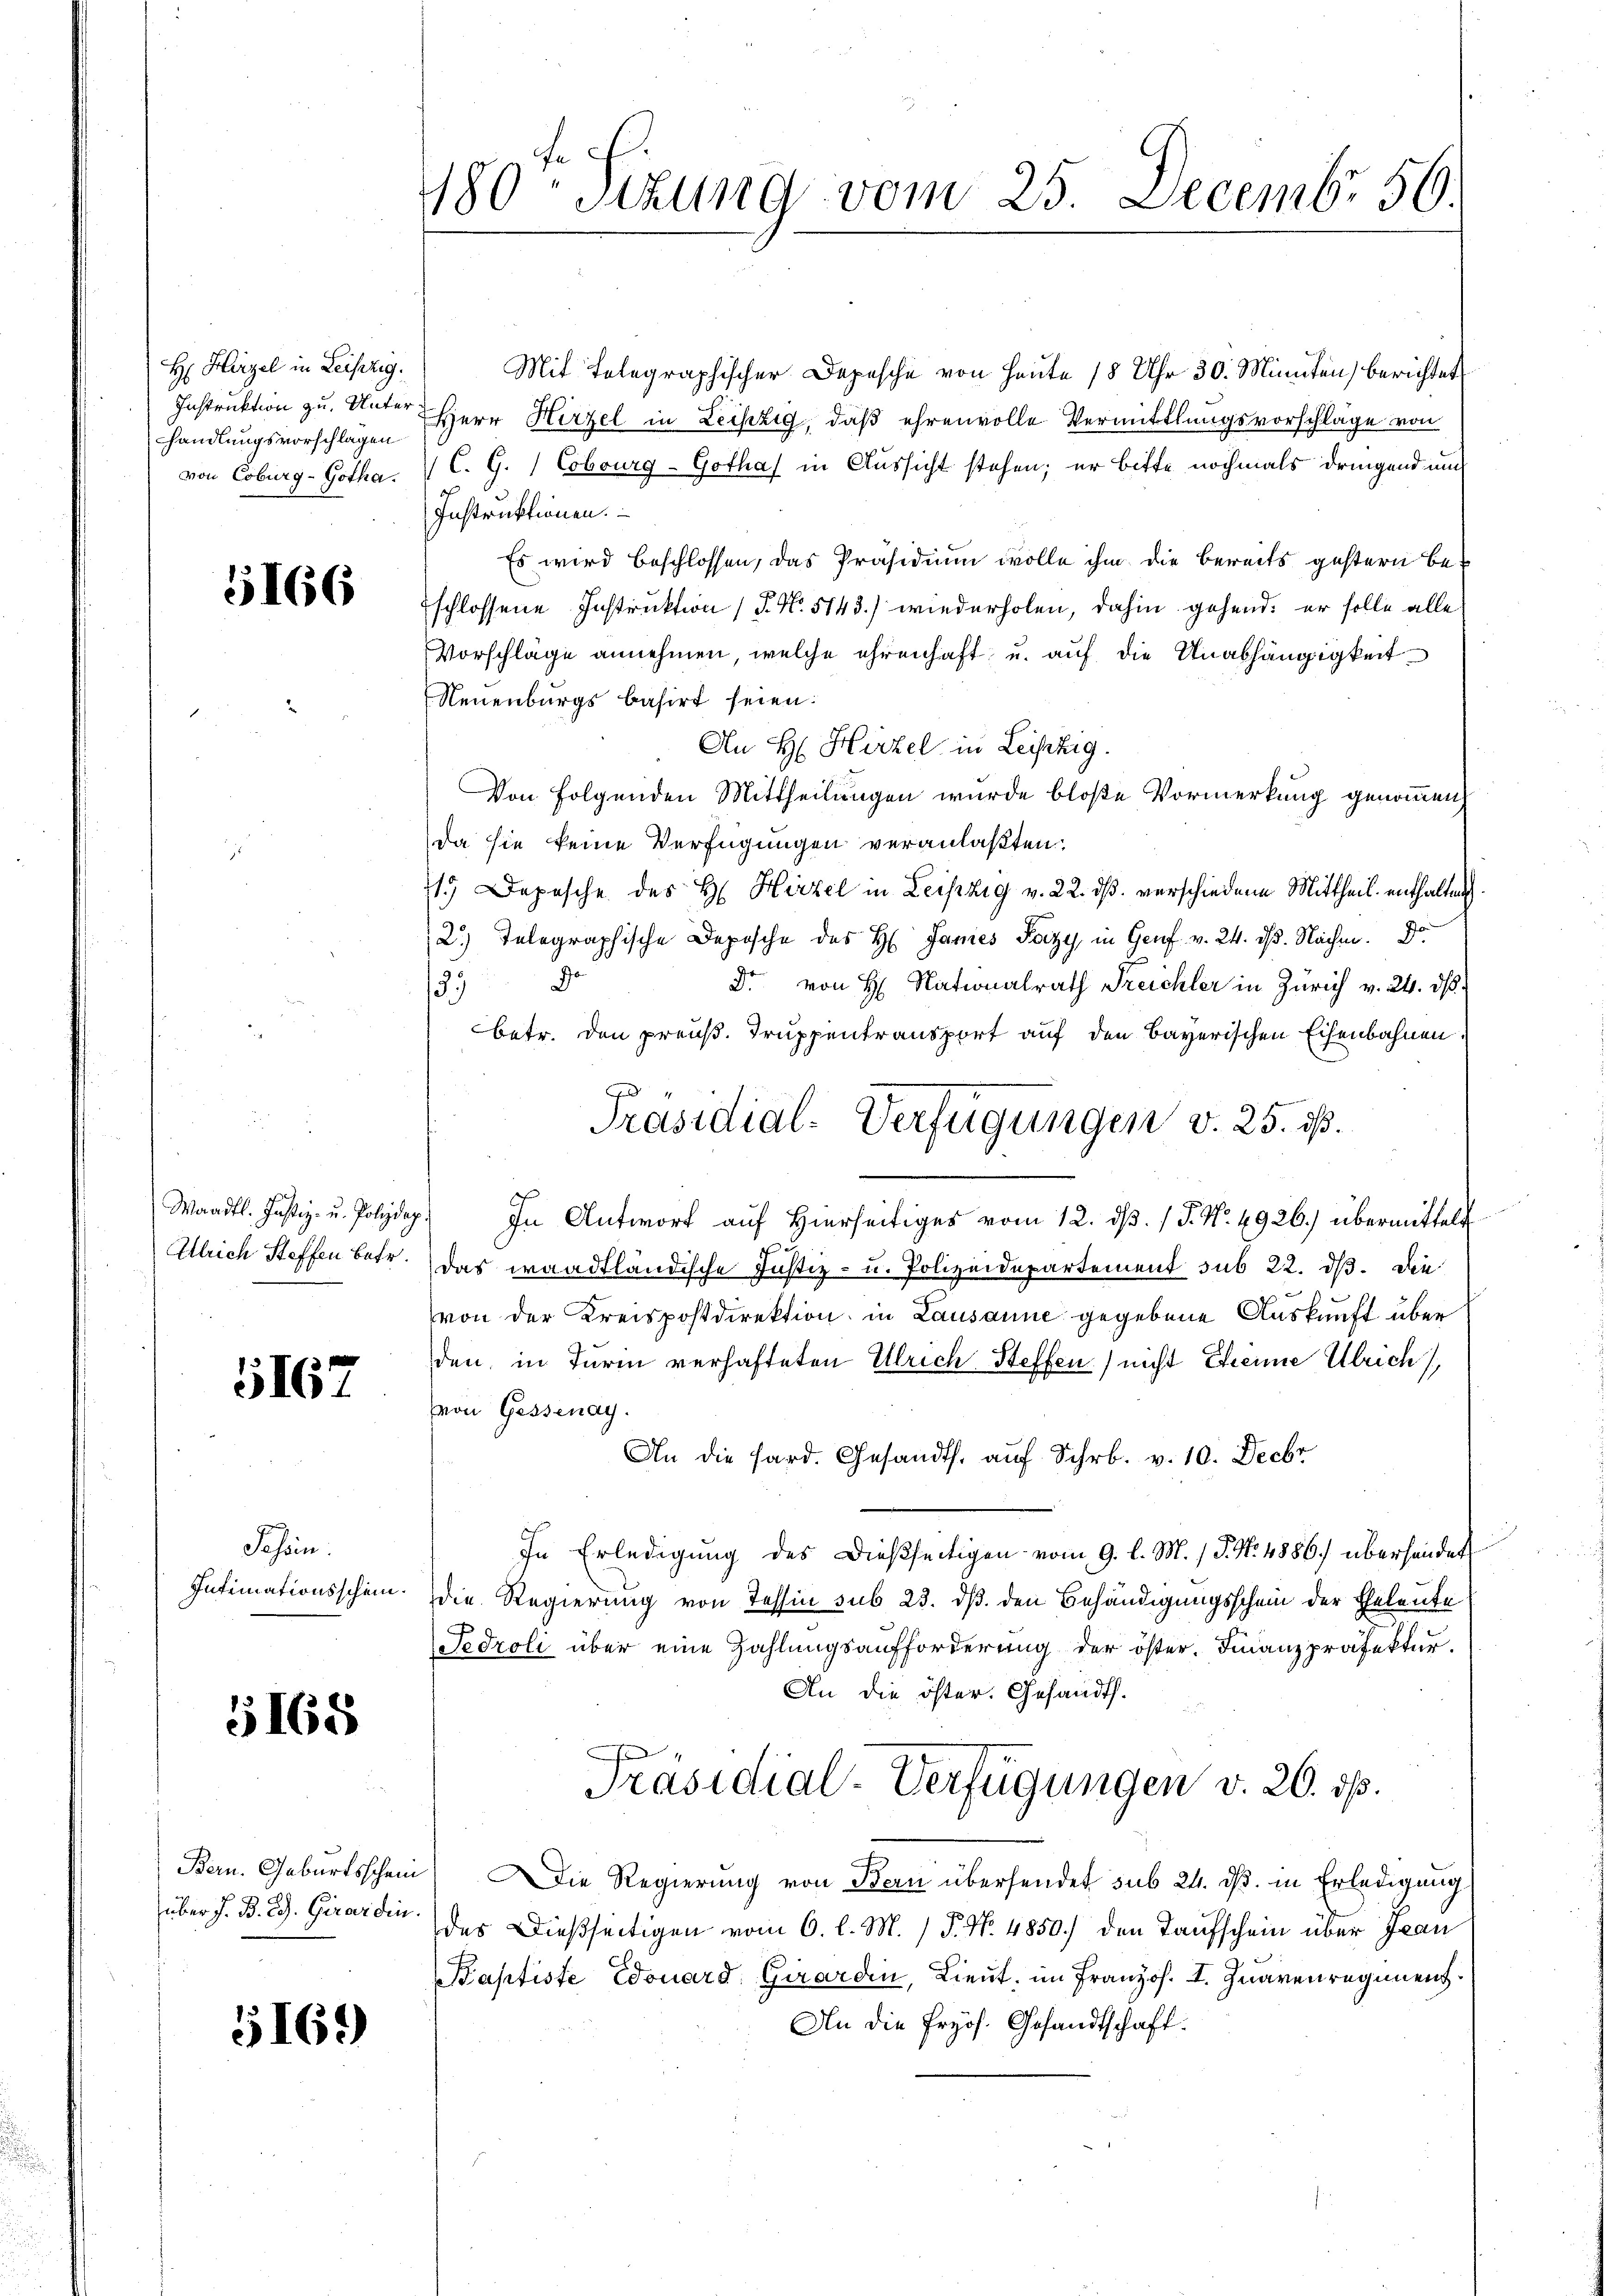
H Hirzel in Leipzig.
Instruktion zu. Unter
handlungsvorschlagen
von Coburg-Gotha.

5166

Waadt. Justiz- u. Polizdep
Alrich Steffen betr.

5167

Sehen.
Intimationsschein.

5165

Bern. Geburtsschein
über J. B. Ed. Girardin

516.

180. Sitzung vom 25. Decembr 56.

Mit Telegraphischer Depesche von Heute 18 Uhr 30. Minuten) berichtet
Herr Hirzel in Leipzig, daß ehrenvolle Vermittlungsvorschläge von
C. G.) Cobourg-Gothaf in Aussicht stehen; er bitte nochmals dringend un
Instruktionen.
Es wird beschlossen, das Präsidium wolle ihm die bereits gestern beschlossene Instruktion (T. No. 5143.) wiederholen, dahin gehend, er solle alle
Vorschläge annehmen, welche ehrenhaft u. auf die Unabhängigkeit
Neuenburgs basirt seien:
An H. Hirzel in Leistig.
Von Folgenden Mittheilungen wurde bloße Vormerkung genommen
da sie keine Verfügungen veranlaßten.
71. Depesche des H. Hirzel in Leipzig v. 22. dβ verschiedene Mittheil enthalten
2.) Telegraphische Deposche des H. Janes Pazy, in Genf v. 24. ds. Nachm. Do
398
Dr. von H. Nationalrath Treichler in Zürich v. 24. ds.
betr. den preuß. Truppentransport auf den Bayerischen Eisenbahnen.
" In Antwort auf Hierseitiges vom 12. ds. / P. Nr. 4926.) übermittelt
Das waadtländische Justiz- u. Polizeidepartement sub 22. dβ. Die
von der Kreispostdirektion in Lausanne gegebene Auskunft über
den, in Turin verhafteten Ulrich Steffen) nicht Ehrene Ulrich
(von Gessenay
An die Sard. Gesandts. auf Schr. v. 10. Decbr
In Erledigung des dießseitigen vom 9. l. M. / P. Nr. 4886. überhander
die Regierung von Tessin sub 23. dß. den Behändigungsschein der Eheleute
Fedroli über eine Zahlungsaufforderung der öster. Finanzpräfektur.
An die öster. Gesandt.
Präsidial-Verfügungen v. 20. ds.
Die Regierung von Bern übersendet sub 24. ds. in Erledigung
des Dießseitigen vom 6. l. M. P. Nr. 4850) den Taufschein über Jean
Baptiste Edouard Girardin, Lieut. im Franzos. I. Zuaren regiment.
An die fryös. Gesandtschaft.

Präsidial-Verfügungen v. 25. ist.